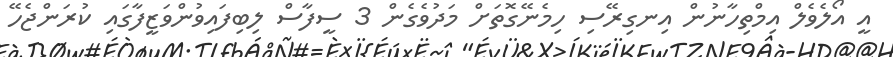
އީ އޯލެވެލް އިމްތިހާނުން އިނގިރޭސި ހިމެނޭގޮތަށް މަދުވެގެން 3 ސީފާސް ލިބިފައިވުންވަޒީފާގައި ކުރަންޖެހޭ